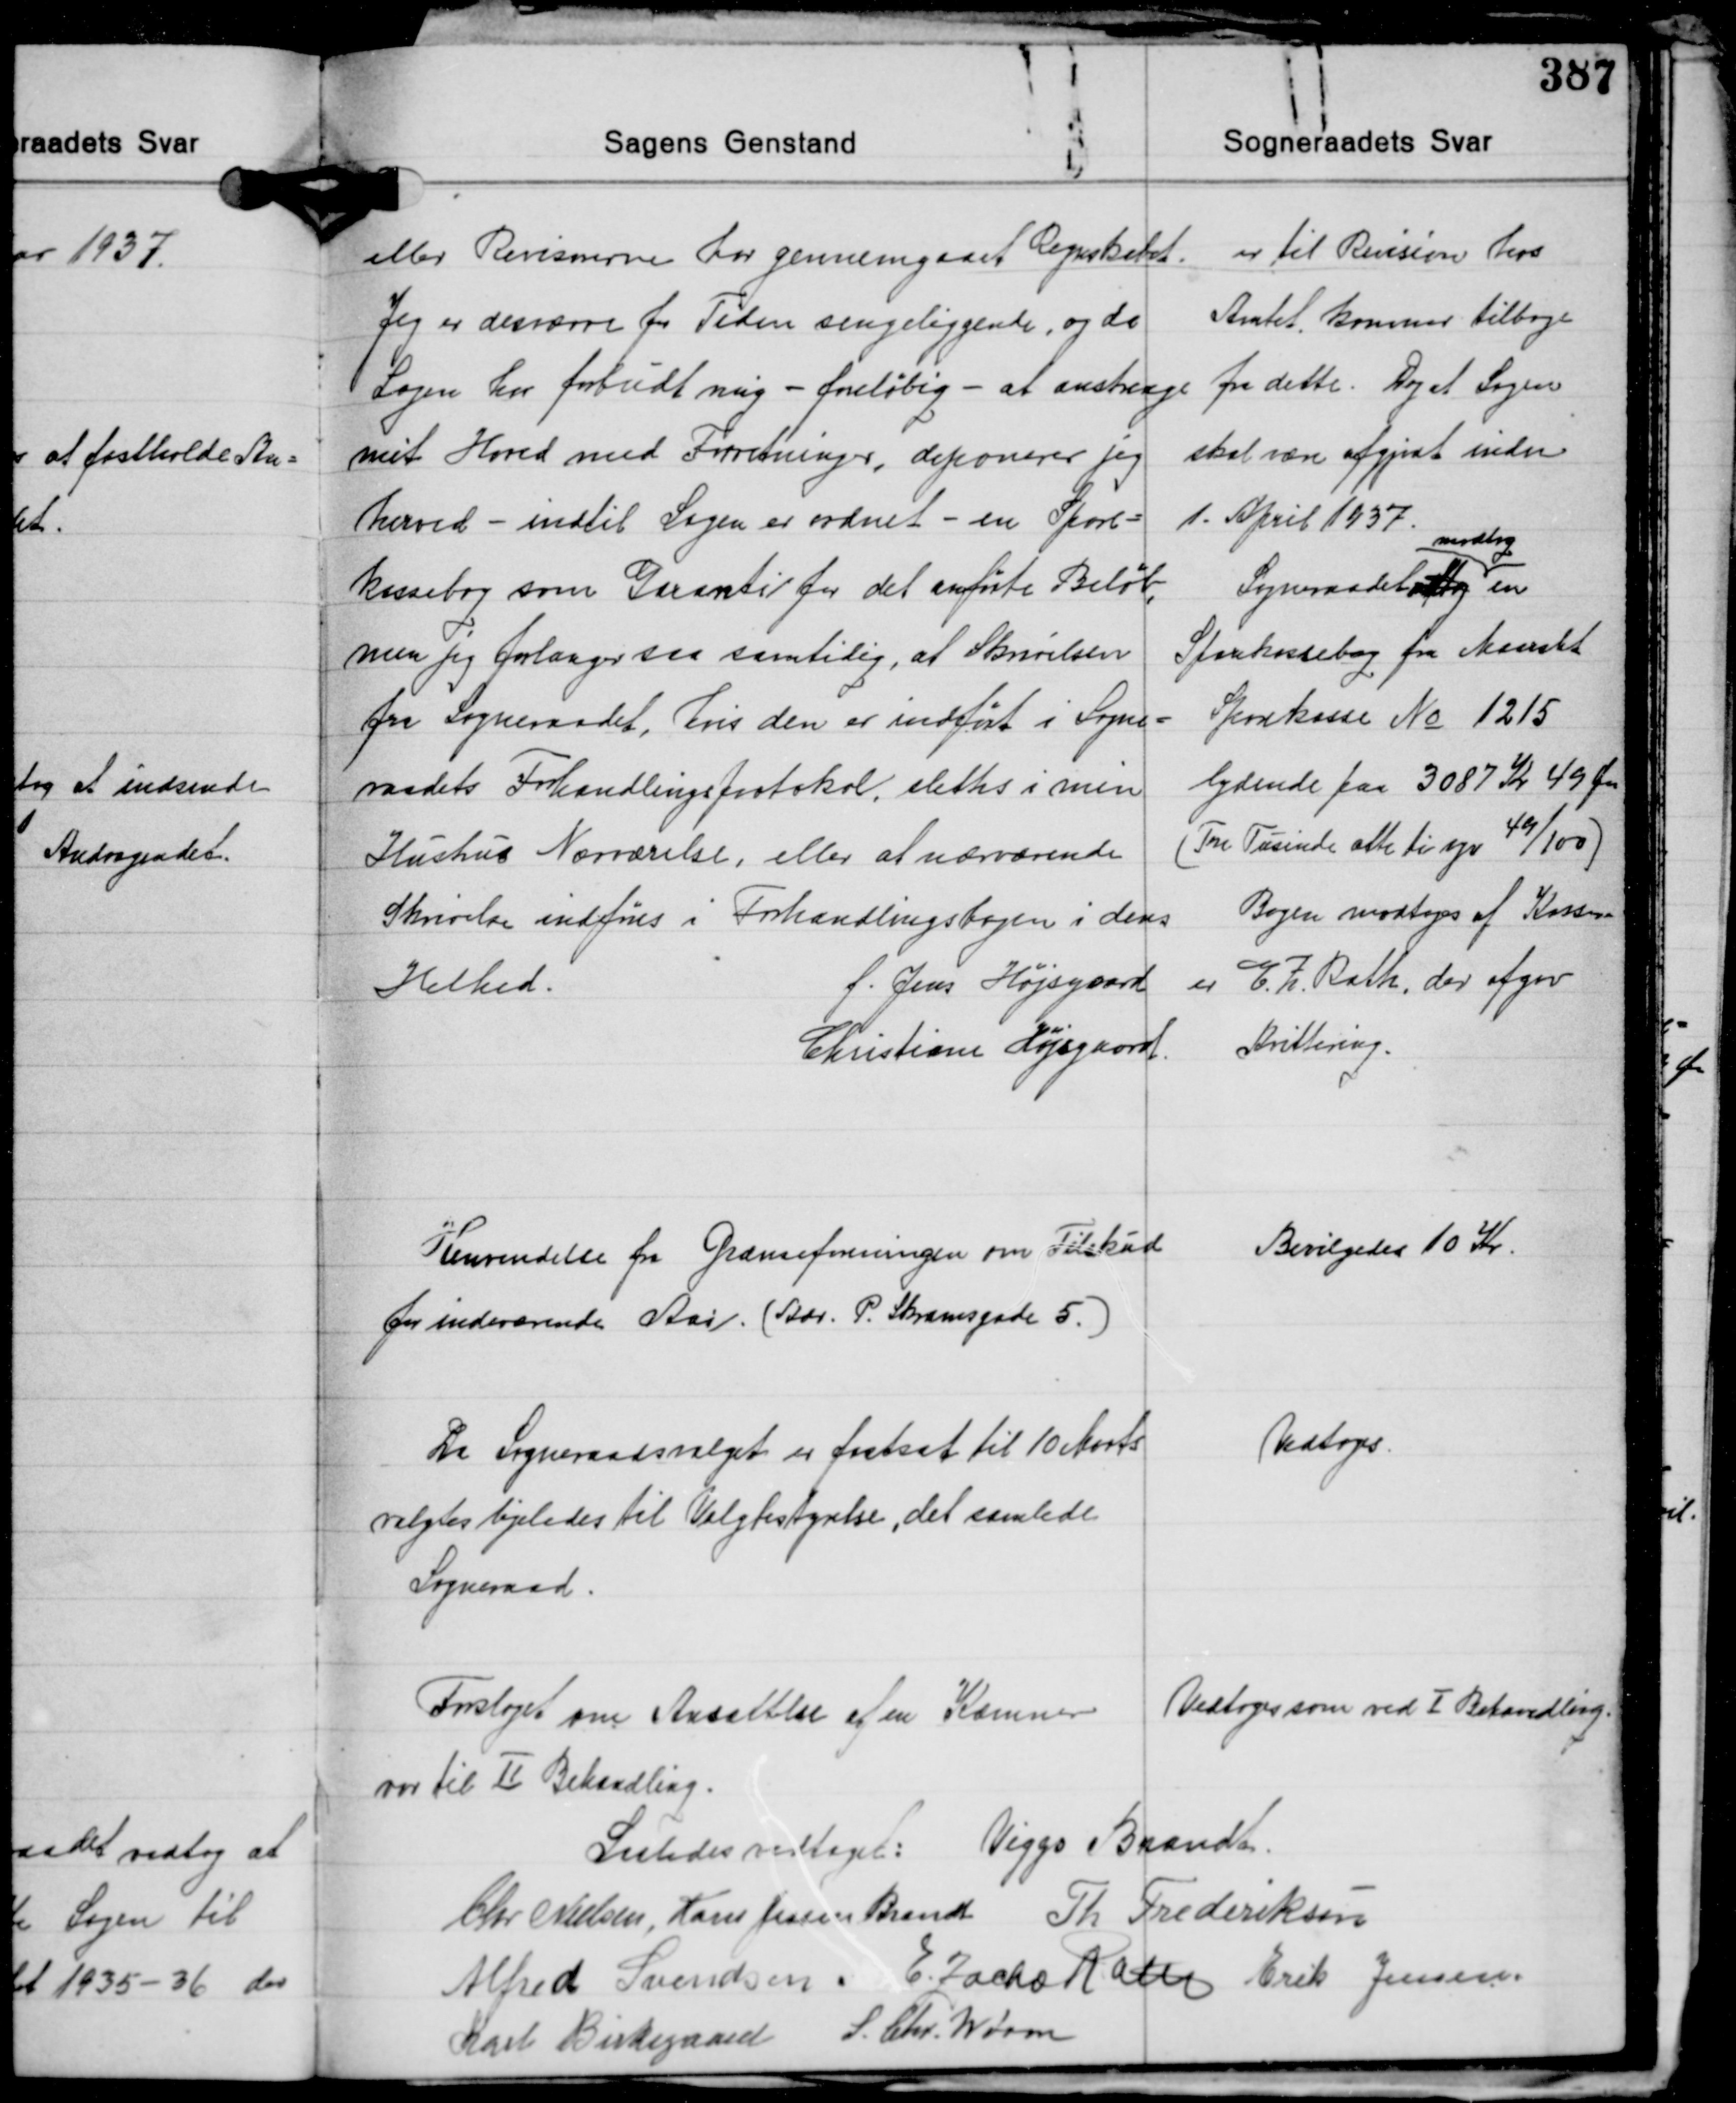
Transskription:
eller Revisorerne har gennemgaaet Regnskabet.
Jeg er desværre for Tiden sengeliggende, og da
Lægen har forbudt mig - foreløbig - at anstrenge
mit Hoved med Forretninger, deponerer jeg
herved - indtil Sagen er ordnet - en Spare-
kassebog som Garanti for det anførte Beløb,
men jeg forlanger saa samtidig, at Skrivelsen
fra Sogneraadet, hvis den er indført i Sogne-
raadets Fohandlingsprotokol, slettes i min
Hustrus Nærværelse, eller at nærværende
Skrivelse indføres i Forhandlingsbogen i dens
Helhed.
f. Jens Højsgaard
Christiane Højsgaard.

er til Revision hos
Amtet kommer tilbage
fra dette. Dog at Sagen
skal være afgjort inden
1. April 1937 
modtog
Sogneraadet tog en
Sparekassebog fra Maarslet
Sparekasse No 1215
lydende paa 3087 Kr. 49 Øre
(Tre Tusinde otte ti syv 49/100)
Bogen modtages af Kasser-
er E. Z. Rath, der afgav
Kvittering.

Henvendelse fra Grænseforeningen om Tilskud
for indeværende Aar. (Adr. P. Skramsgade 5.)

Bevilgedes 10 Kr.

Da Sogneraadsvalget er fastsat til 10 Marts
valgtes ligeledes til Valgbestyrelse, det samlede
Sogneraad.

Vedtoges.

Forslaget om Ansættelse af en Kæmner
var til Ⅱ Behandling.

Vedtoges som ved Ⅰ Behandling.

Saaledes vedtaget: Viggo Brandt
Chr. Nielsen Hans Jessen Brandt Th. Frederiksen
Alfred Svendsen E. Zacho Rath Erik Jensen
S. Chr. Worm
Karl Birkegaard